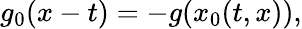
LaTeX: g_{0}(x-t)=-g(x_{0}(t,x)),